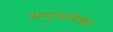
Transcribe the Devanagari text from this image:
अगुअतेका